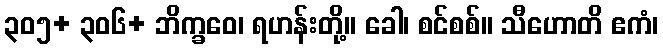
၃၀၅+ ၃၀၆+ ဘိက္ခဝေ၊ ရဟန်းတို့။ ခေါ၊ စင်စစ်။ သီဟောတိ ဧကံ၊